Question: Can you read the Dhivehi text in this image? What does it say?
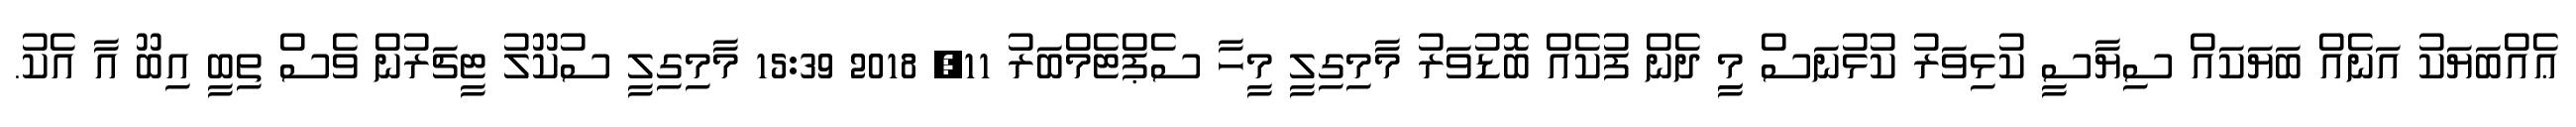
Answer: ޢެއްބަޔަކު އަނެއް ބަޔަކައް ސިޔާސީ ކުޅިވަރު ކުޅުނަސް މީި ދެން ފުކެއް ބޮޑުވަރު މާމިގިލީ މީހާ ސެޕްޓެމްބަރު 11, 2018 15:39 މާމިގިލީ ސުކޫލު ޓީޗަރުން ވެސް ތިބީ އިބޫ އާ އެކު.